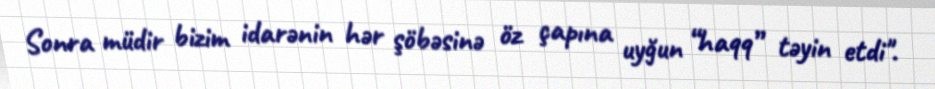
Sonra müdir bizim idarənin hər şöbəsinə öz çapına uyğun “haqq” təyin etdi".